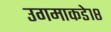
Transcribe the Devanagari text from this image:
उगमाकडे१८